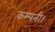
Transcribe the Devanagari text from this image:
कम्‍पनी।